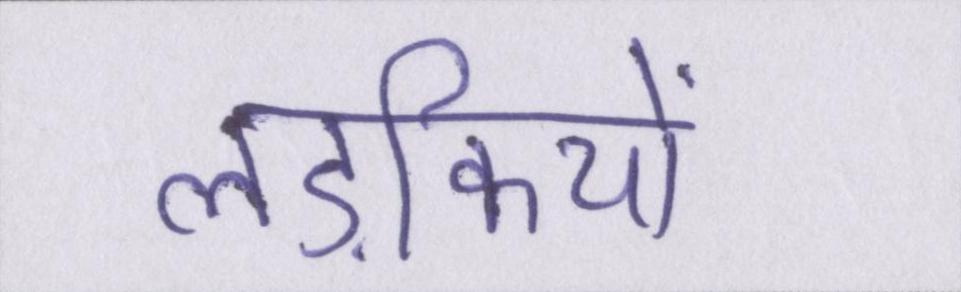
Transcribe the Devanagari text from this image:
लड़कियों